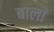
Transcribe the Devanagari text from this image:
बालां